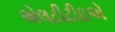
એલટીટીઇએ